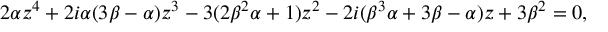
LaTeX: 2 \alpha z ^ { 4 } + 2 i \alpha ( 3 \beta - \alpha ) z ^ { 3 } - 3 ( 2 \beta ^ { 2 } \alpha + 1 ) z ^ { 2 } - 2 i ( \beta ^ { 3 } \alpha + 3 \beta - \alpha ) z + 3 \beta ^ { 2 } = 0 ,